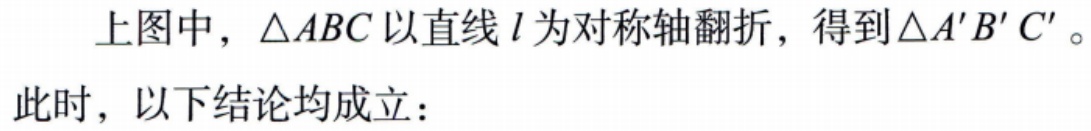
上图中，\(\triangle ABC\)以直线\(l\)为对称轴翻折，得到\(\triangle A'B'C'\)。

此时，以下结论均成立：